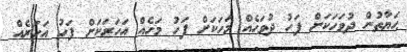
ޙަޔާތުން ދުވަހަކަށް ފަހު ދުވަހެއް މަހަކަށް ފަހު މަހެއް އަހަރަކަށް ފަހު އަހަރެއް